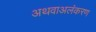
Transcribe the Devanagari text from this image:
अथवाअलंकरण